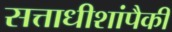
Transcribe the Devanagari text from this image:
सत्ताधीशांपैकी